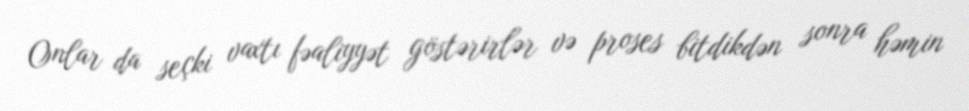
Onlar da seçki vaxtı fəaliyyət göstərirlər və proses bitdikdən sonra həmin